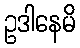
ဥဒါနေမိ